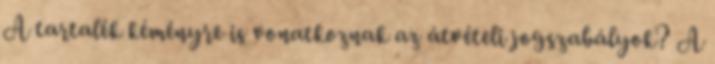
A tartalék kéményre is vonatkoznak az átvételi jogszabályok? A